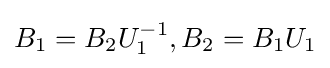
B_{1}=B_{2}U_{1}^{-1},B_{2}=B_{1}U_{1}